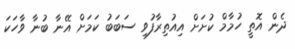
ދެން އޮތީ ހުމާމް ކުށަށް އިއުތިރާފުވި ސަބަބު ކަމަށް އޭނާ ބުނާ ވާހަކަ